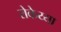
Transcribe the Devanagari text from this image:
रोकेय्या